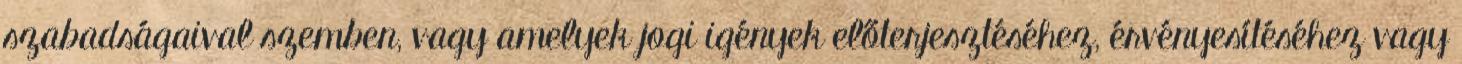
szabadságaival szemben, vagy amelyek jogi igények előterjesztéséhez, érvényesítéséhez vagy